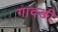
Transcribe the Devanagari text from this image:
गादङी